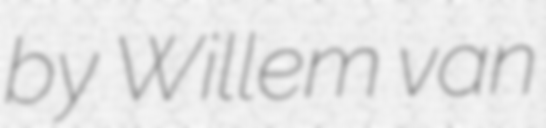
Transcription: by Willem van